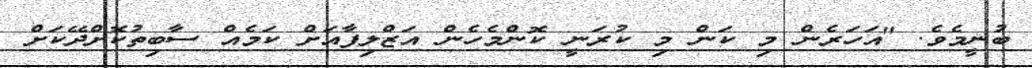
ބުނީމެވެ. "އަހަރެން މި ކަން މި ކުރަނީ ކޮންމެހެން އަޒްލިފާއަށް ކަމެއް ސާބިތުކޮށްދޭކަށް